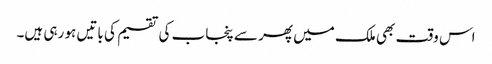
اس وقت بھی ملک میں پھر سے پنجاب کی تقسیم کی باتیں ہو رہی ہیں۔